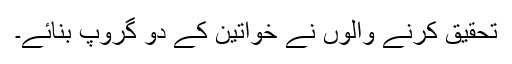
تحقیق کرنے والوں نے خواتین کے دو گروپ بنائے۔